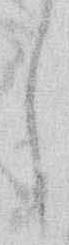
し